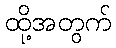
ထို့အတွက်